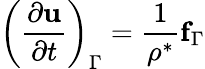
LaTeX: \left(\frac{\partial\mathbf{u}}{\partial t}\right)_{\Gamma}=\frac{1}{\rho^{*}}\mathbf{f}_{\Gamma}